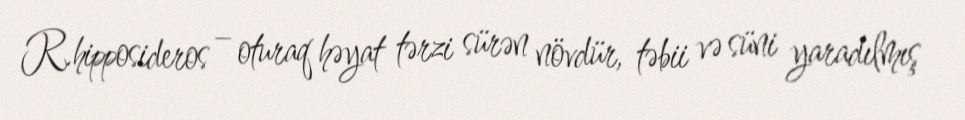
R.hipposideros – oturaq həyat tərzi sürən növdür, təbii və süni yaradılmış